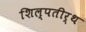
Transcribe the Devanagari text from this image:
शिल्पतीर्थ